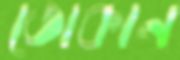
তোকান